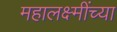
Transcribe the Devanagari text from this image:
महालक्ष्मींच्या